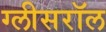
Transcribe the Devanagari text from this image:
ग्लीसरॉल